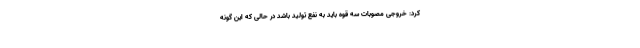
کرد: خروجی مصوبات سه قوه باید به نفع تولید باشد در حالی که این گونه